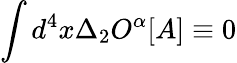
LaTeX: \int d^{4}x\Delta_{2}O^{\alpha}[A]\equiv 0